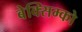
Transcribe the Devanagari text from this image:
बेक्सिम्को